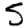
Digit: 5